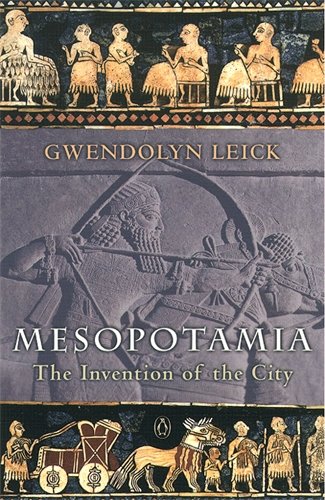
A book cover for Mesopotamia: The Invention of the City; Gwendolyn Leick; History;